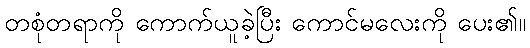
တစုံတရာကို ကောက်ယူခဲ့ပြီး ကောင်မလေးကို ပေး၏။